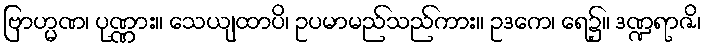
ဗြာဟ္မဏ၊ ပုဏ္ဏား။ သေယျထာပိ၊ ဥပမာမည်သည်ကား။ ဥဒကေ၊ ရေ၌။ ဒဏ္ဍရာဇိ၊